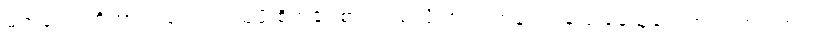
မက်ကော့တို့ဟာလည်း ဝယ်ယူဖို့ စိတ်ဝင်စားတယ်လို့ အရင်တုန်းက ပြောနေသူတွေထဲ ပါကြပါတယ်။